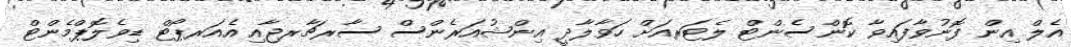
އެލް އިން ފޮނުވާފައިވާ ކޮންސެންޓް ލެޓަރއަށް ހަވާލާދީ އިންޝުއަރެންސް ސާރޗާރޖާއި އެއަރޕޯޓް ޑިވެލޮޕްމެންޓް